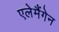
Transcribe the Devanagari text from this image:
एलेमैंगेन